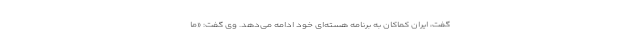
گفت، ایران کماکان به برنامه هسته‌ای خود ادامه می‌دهد. وی گفت: «ما